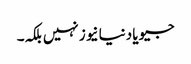
جیو یا دنیا نیوز نہیں بلکہ۔